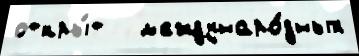
откры́т   м'еждунаро́дных